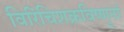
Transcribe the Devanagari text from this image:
विरिंचिशक्रविष्णूनां